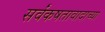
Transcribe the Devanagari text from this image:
सर्वंकषतावादाच्या